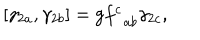
LaTeX: \left[ \gamma _ { 2 a } , \gamma _ { 2 b } \right] = \mathrm { g } f _ { \; \; a b } ^ { c } \gamma _ { 2 c } ,